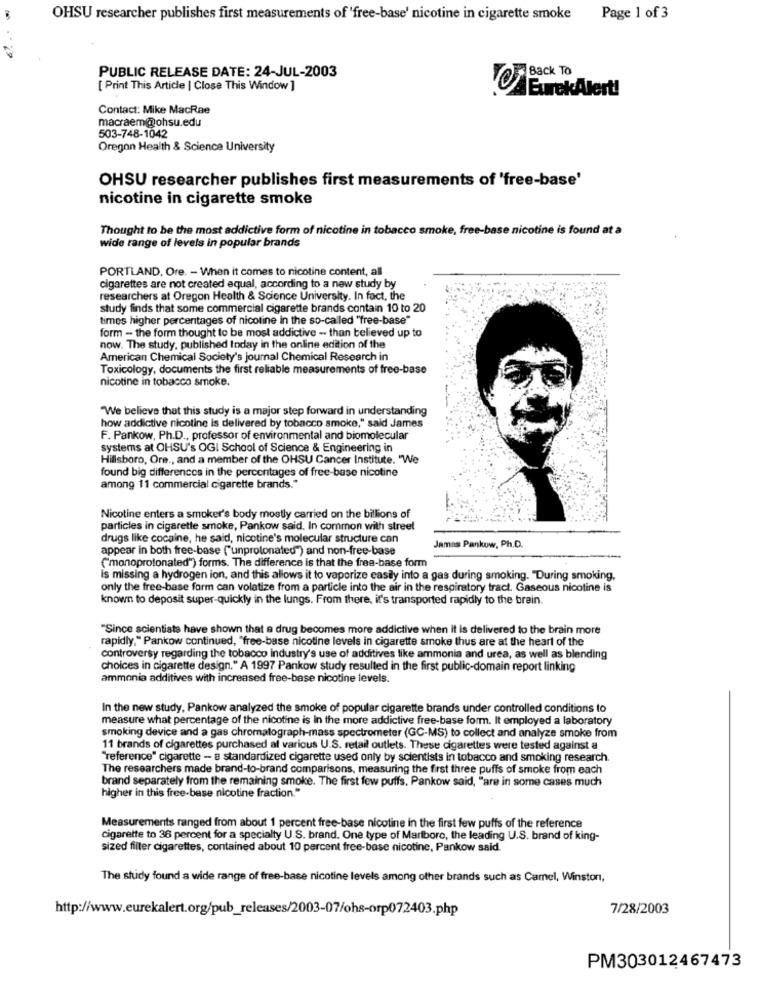
OHSU researcher publishes first measurements of 'free-base' nicotine in cigarette smoke
Page 1 of 3
PUBLIC RELEASE DATE: 24-JUL-2003
Back TO
[ Print This Article | Close This Window ]
EurekAlert!
Contact: Mike MacRae
macraem@ohsu.edu
503-748-1042
Oregon Health & Science University
OHSU researcher publishes first measurements of 'free-base'
nicotine in cigarette smoke
Thought to be the most addictive form of nicotine in tobacco smoke, free-base nicotine is found at a
wide range of levels in popular brands
PORTLAND, Ore. - When it comes to nicotine content, all
cigarettes are not created equal, according to a new study by
researchers at Oregon Health & Science University. In fact, the
study finds that some commercial cigarette brands contain 10 to 20
times higher percentages of nicotine in the so-called "free-base"
form - the form thought to be most addictive - than believed up to
now. The study, published today in the online edition of the
American Chemical Society's journal Chemical Research in
Toxicology, documents the first reliable measurements of free-base
nicotine in tobacco smoke.
"We believe that this study is a major step forward in understanding
how addictive nicotine is delivered by tobacco smoke," said James
F. Pankow, Ph.D ., professor of environmental and biomolecular
systems at OHSU's OGI School of Science & Engineering in
Hillsboro, Ore ., and a member of the OHSU Cancer Institute. "We
found big differences in the percentages of free-base nicotine
among 11 commercial cigarette brands."
Nicotine enters a smoker's body mostly carried on the billions of
particles in cigarette smoke, Pankow said. In common with street
drugs like cocaine, he said, nicotine's molecular structure can
appear in both free-base ("unprotonated") and non-free-base
Jamas Pankow, Ph.D.
(monoprotonated") forms. The difference is that the free-base form
is missing a hydrogen ion, and this allows it to vaporize castly into a gas during smoking. "During smoking,
only the free-base form can volatize from a particle into the air in the respiratory tract. Gaseous nicotine is
known to deposit super-quickly in the lungs. From there, it's transported rapidly to the brain.
"Since scientists have shown that a drug becomes more addictive when it is delivered to the brain more
rapidly." Pankow continued, "free-base nicotine levels in cigarette smoke thus are at the heart of the
controversy regarding the tobacco industry's use of additives like ammonia and urea, as well as blending
choices in cigarette design." A 1997 Pankow study resulted in the first public-domain report linking
ammonia additives with increased free-base nicotine levels.
In the new study, Pankow analyzed the smoke of popular cigarette brands under controlled conditions to
measure what percentage of the nicotine is In the more addictive free-base form. It employed a laboratory
smoking device and a gas chromatograph-mass spectrometer (GC-MS) to collect and analyze smoke from
11 brands of cigarettes purchased at various U.S. retail outlets. These cigarettes were tested against a
"reference" cigarette - a standardized cigarette used only by scientists in tobacco and smoking research.
The researchers made brand-to-brand comparisons, measuring the first three puffs of smoke from each
brand separately from the remaining smoke. The first few puffs. Pankow said, "are in some cases much
higher in this free-base nicotine fraction."
Measurements ranged from about 1 percent free-base nicotine in the first few puffs of the reference
cigarette to 36 percent for a specialty U.S. brand. One type of Marlboro, the leading U.S. brand of king-
sized filter cigarettes, contained about 10 percent free-base nicotine, Pankow said.
The study found a wide range of free-base nicotine levels among other brands such as Camel, Winston,
7/28/2003
http://www.eurekalert.org/pub_releases/2003-07/ohs-orp072403.php
PM303012467473